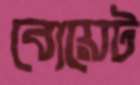
বোয়েট